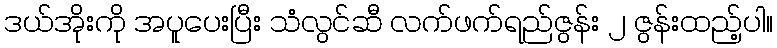
ဒယ်အိုးကို အပူပေးပြီး သံလွင်ဆီ လက်ဖက်ရည်ဇွန်း ၂ ဇွန်းထည့်ပါ။